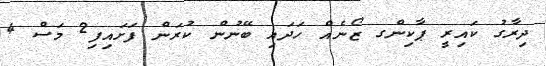
ދިރާގު ކައިރީ ޕާކިންގ ޒޯނެއް ހަދައި ބޭނުން ކުރަން ފަށައިފި2 މަސް 4